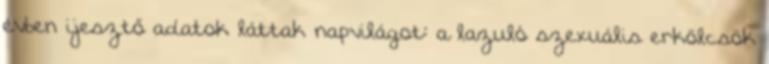
évben ijesztő adatok láttak napvilágot: a lazuló szexuális erkölcsök